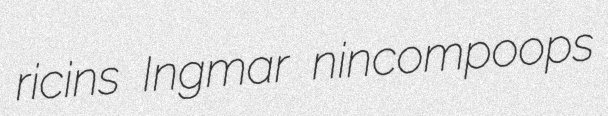
ricins Ingmar nincompoops